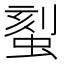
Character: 𫋉